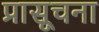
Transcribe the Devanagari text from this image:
प्रासूचना